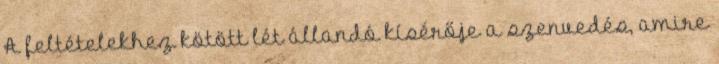
A feltételekhez kötött lét állandó kísérője a szenvedés, amire